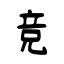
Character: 竞